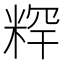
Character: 𥺍